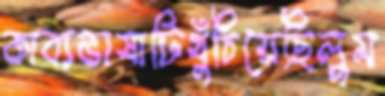
কাব্যভাষাটিখুঁচিয়েছিলুম